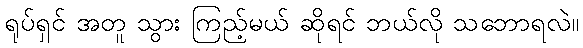
ရုပ်ရှင် အတူ သွား ကြည့်မယ် ဆိုရင် ဘယ်လို သဘောရလဲ။